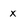
Character: x